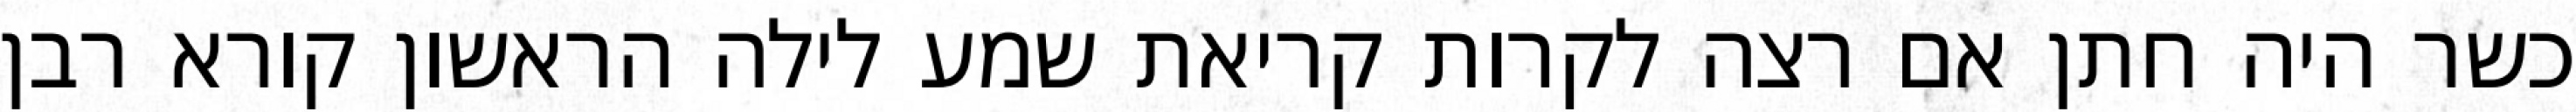
כשר היה חתן אם רצה לקרות קריאת שמע לילה הראשון קורא רבן